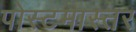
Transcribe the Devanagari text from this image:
पोस्टमास्तर